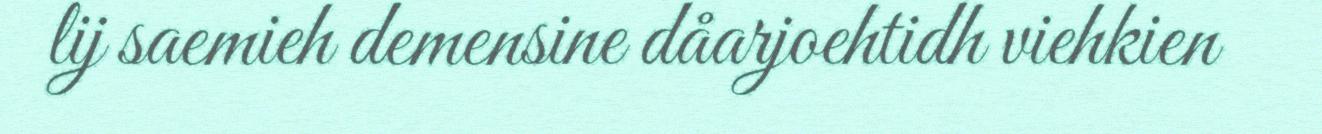
lij saemieh demensine dåarjoehtidh viehkien